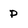
Character: p